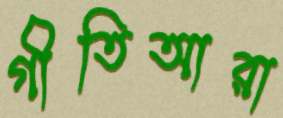
গীতিআরা